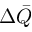
\Delta \bar { Q }